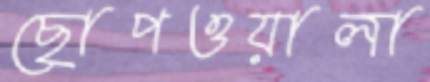
ছোপওয়ালা